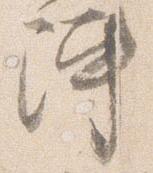
陣